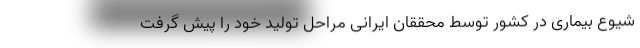
شیوع بیماری در کشور توسط محققان ایرانی مراحل تولید خود را پیش گرفت